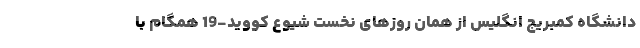
دانشگاه کمبریج انگلیس از همان روزهای نخست شیوع کووید-19 همگام با